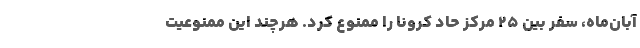
آبان‌ماه، سفر بین ۲۵ مرکز حاد کرونا را ممنوع کرد. هرچند این ممنوعیت